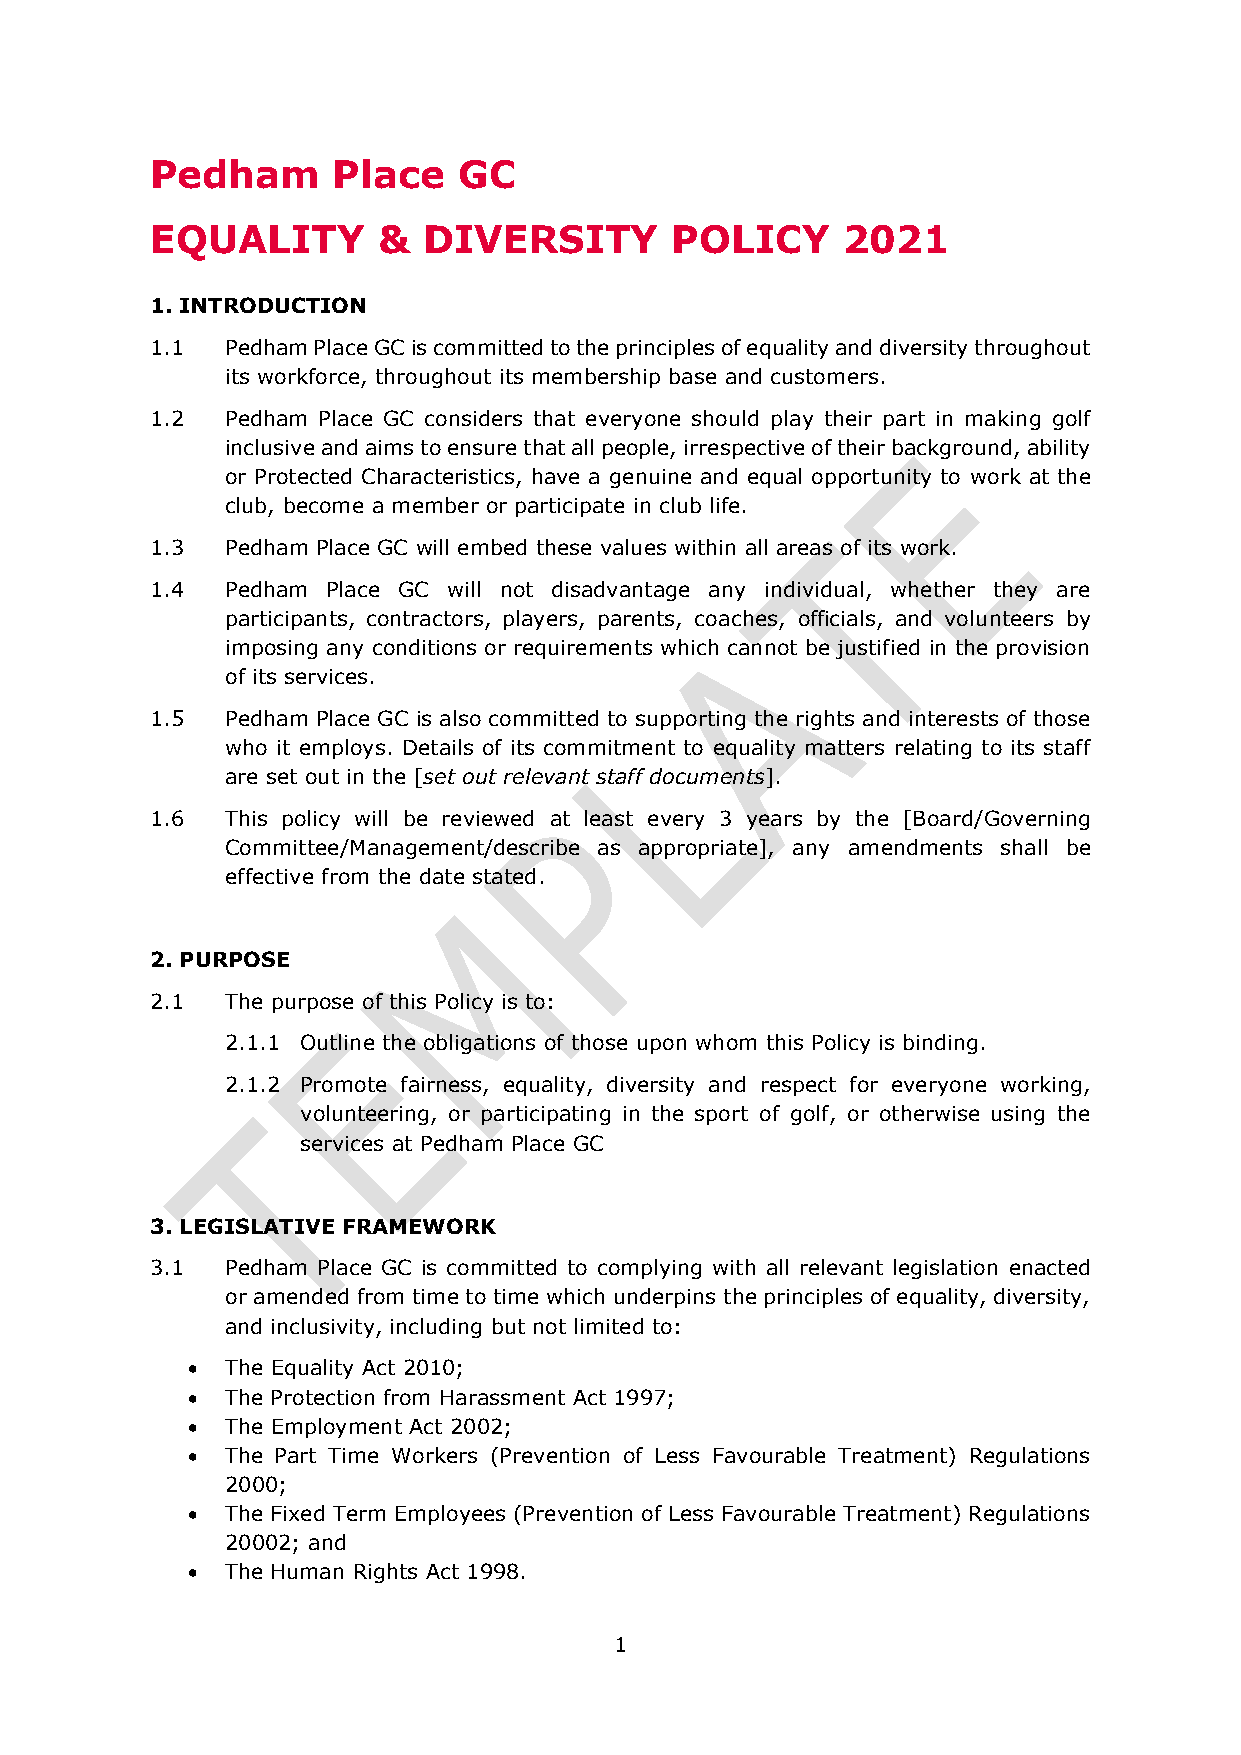
Pedham      Place   GC
 EQUALITY       &  DIVERSITY       POLICY      2021
 1. INTRODUCTION
 1.1  Pedham Place GC is committed to the principles of equality and diversity throughout
 its workforce, throughout its membership base and customers.
 1.2  Pedham Place GC considers that everyone should play their part in making golf
 inclusive and aims to ensure that all people, irrespective of their background, ability
 or Protected Characteristics, have a genuine and equal opportunity to work at the
 club, become a member or participate in club life.
 1.3  Pedham Place GC will embed these values within all areas of its work.
 1.4  Pedham Place GC will not disadvantage any individual, whether they are
 participants, contractors, players, parents, coaches, officials, and volunteers by
 imposing any conditions or requirements which cannot be justified in the provision
 of its services.
 1.5  Pedham Place GC is also committed to supporting the rights and interests of those
 who it employs. Details of its commitment to equality matters relating to its staff
 are set out in the [set out relevant staff documents].
 1.6  This policy will be reviewed at least every 3 years by the [Board/Governing
 Committee/Management/describe as appropriate], any amendments shall be
 effective from the date stated.
 2. PURPOSE
 2.1  The purpose of this Policy is to:
 2.1.1 Outline the obligations of those upon whom this Policy is binding.
 2.1.2 Promote fairness, equality, diversity and respect for everyone working,
 volunteering, or participating in the sport of golf, or otherwise using the
 services at Pedham Place GC
 3. LEGISLATIVE FRAMEWORK
 3.1  Pedham Place GC is committed to complying with all relevant legislation enacted
 or amended from time to time which underpins the principles of equality, diversity,
 and inclusivity, including but not limited to:
 •  The Equality Act 2010;
 •  The Protection from Harassment Act 1997;
 •  The Employment Act 2002;
 •  The Part Time Workers (Prevention of Less Favourable Treatment) Regulations
 2000;
 •  The Fixed Term Employees (Prevention of Less Favourable Treatment) Regulations
 20002; and
 •  The Human Rights Act 1998.
 1